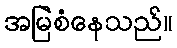
အမြဲစံနေသည်။